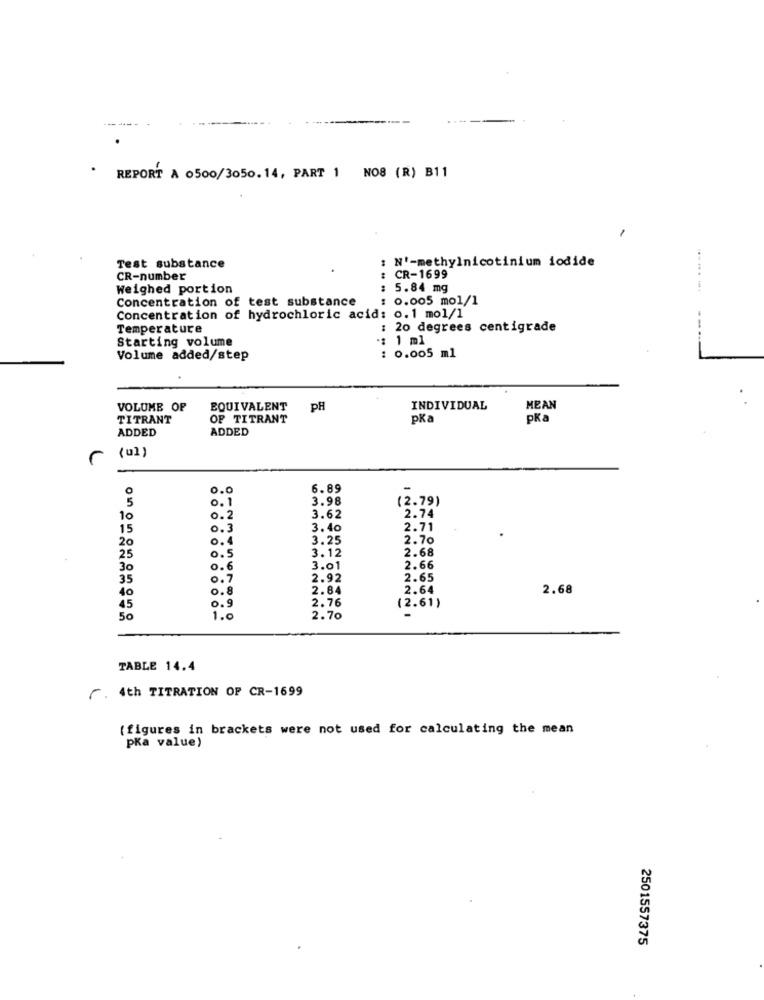
REPORT A 0500/3050.14, PART 1 NO8 (R) B11
N'-methylnicotinium iodide
Test substance
CR-number
CR-1699
Weighed portion
: 5.84 mg
.......
Concentration of test substance
: 0.005 mol/1
Concentration of hydrochloric acid: 0.1 mol/1
Temperature
: 20 degrees centigrade
Starting volume
: 1 ml
Volume added/step
: 0.005 ml
VOLUME OF
EQUIVALENT
PH
INDIVIDUAL
MEAN
TITRANT
OF TITRANT
pka
pKa
ADDED
ADDED
( ul )
0.0
6.89
-
3.98
(2.79)
0.1
10
0 .2
3.62
wwww
2.74
15
0.3
3.40
2.71
3.25
2.70
0.4
3.12
2.68
0.5
30
0.6
3.01
2.66
35
0.7
2.92
2.65
0.8
2.84
2.64
2.68
40
2.76
45
0.9
(2.61)
50
1.0
2.70
TABLE 14.4
. 4th TITRATION OF CR-1699
(figures in brackets were not used for calculating the mean
pKa value)
2501557375